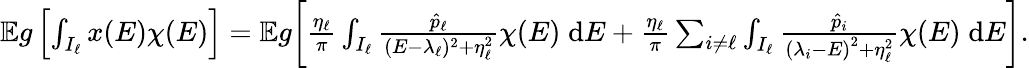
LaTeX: \begin{array}{r}{\mathbb Eg\left[\int_{I_{\ell}}x(E)\chi(E)\right]=\mathbb Eg\bigg[\frac{\eta_{\ell}}{\pi}\int_{I_{\ell}}\frac{\hat{p}_{\ell}}{(E-\lambda_{\ell})^{2}+\eta_{\ell}^{2}}\chi(E)\; \mathrm{d}E+\frac{\eta_{\ell}}{\pi}\sum_{i\neq\ell}\int_{I_{\ell}}\frac{\hat{p}_{i}}{\left(\lambda_{i}-E\right)^{2}+\eta_{\ell}^{2}}\chi(E)\; \mathrm{d}E\bigg].}\end{array}